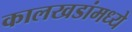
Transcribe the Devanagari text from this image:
कालखडांमध्ये